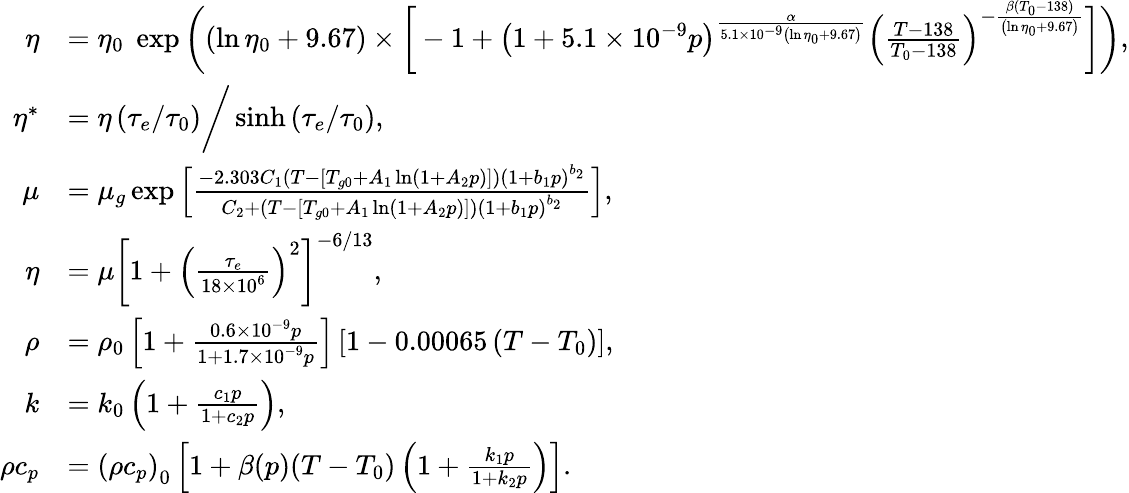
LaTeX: \begin{array}{rl}{\eta}&{=\eta_{0}\; \exp\bigg((\ln\eta_{0}+9.67)\times\bigg[-1+\left(1+5.1\times 10^{-9}p\right)^{\frac{\alpha}{5.1\times 10^{-9}\left(\ln\eta_{0}+9.67\right)}}\left(\frac{T-138}{T_{0}-138}\right)^{-\frac{\beta(T_{0}-138)}{\left(\ln\eta_{0}+9.67\right)}}\bigg]\bigg),}\\ {\eta^{*}}&{=\eta\left(\tau_{e}/\tau_{0}\right)\bigg/\sinh{\left(\tau_{e}/\tau_{0}\right)},}\\ {\mu}&{=\mu_{g}\exp\left[\frac{-2.303C_{1}\left(T-\left[T_{g0}+A_{1}\ln\left(1+A_{2}p\right)\right]\right)\left(1+b_{1}p\right)^{b_{2}}}{C_{2}+\left(T-\left[T_{g0}+A_{1}\ln\left(1+A_{2}p\right)\right]\right)\left(1+b_{1}p\right)^{b_{2}}}\right],}\\ {\eta}&{=\mu\left[1+\left(\frac{\tau_{e}}{18\times 10^{6}}\right)^{2}\right]^{-6/13},}\\ {\rho}&{=\rho_{0}\left[1+\frac{0.6\times 10^{-9}p}{1+1.7\times 10^{-9}p}\right]\left[1-0.00065\left(T-T_{0}\right)\right],}\\ {k}&{=k_{0}\left(1+\frac{c_{1}p}{1+c_{2}p}\right),}\\ {\rho c_{p}}&{=\left(\rho c_{p}\right)_{0}\left[1+\beta(p)(T-T_{0})\left(1+\frac{k_{1}p}{1+k_{2}p}\right)\right].}\end{array}